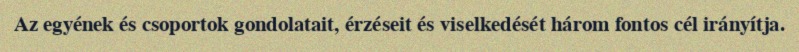
Az egyének és csoportok gondolatait, érzéseit és viselkedését három fontos cél irányítja.